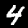
Digit: 4